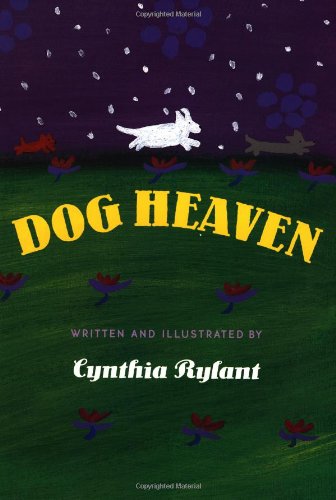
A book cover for Dog Heaven; Cynthia Rylant; Children's Books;